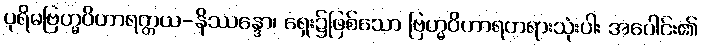
ပုရိမဗြဟ္မဝိဟာရတ္တယ-နိဿန္ဒော၊ ရှေး၌ဖြစ်သော ဗြဟ္မဝိဟာရတရားသုံးပါး အပေါင်း၏